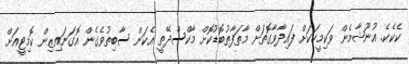
ކެކެކެ. އުނޫޝާމެން ވަކިމީހަކަށް ފައިދާވާގޮތަށް މާތަފާތުބޮޑުކޮށް މާކްސްދޭތީ އެކަން ސާބިތުވެގެން އޮގަނައިޒިން ކޮމިޓީއަށް